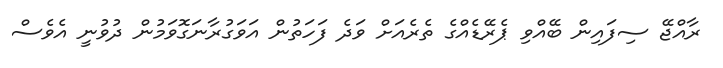
ރާއްޖޭ ސިފައިން ބޭއްވި ޕެރޭޑެއްގެ ތެރެއަށް ވަދެ ފަހަތުން އަވަގުރާނަގޮވަމުން ދުވުނީ އެވެސް